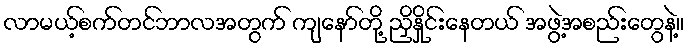
လာမယ့်စက်တင်ဘာလအတွက် ကျနော်တို့ ညှိနှိုင်းနေတယ် အဖွဲ့အစည်းတွေနဲ့။